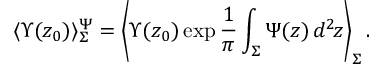
\langle \Upsilon ( z _ { 0 } ) \rangle _ { \Sigma } ^ { \Psi } = \left\langle \Upsilon ( z _ { 0 } ) \exp \frac { 1 } { \pi } \int _ { \Sigma } \Psi ( z ) \, d ^ { 2 } \! z \right\rangle _ { \Sigma } .